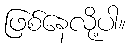
ဖြစ်နေလို့ပါ။